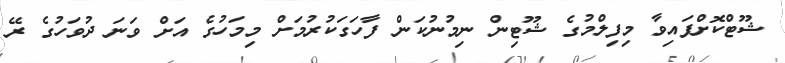
ޝޫޓްކޮށްފައިވާ މިފިލްމުގެ ޝޫޓިން ނިމުނުކަން ފާހަގަކުރުމަށް މިމަހުގެ އަށް ވަނަ ދުވަހުގެ ރޭ